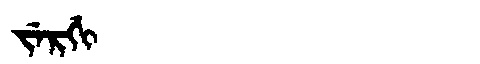
Manchu: ᠵᡝᡵᡤᡳ
Romanization: JERGI